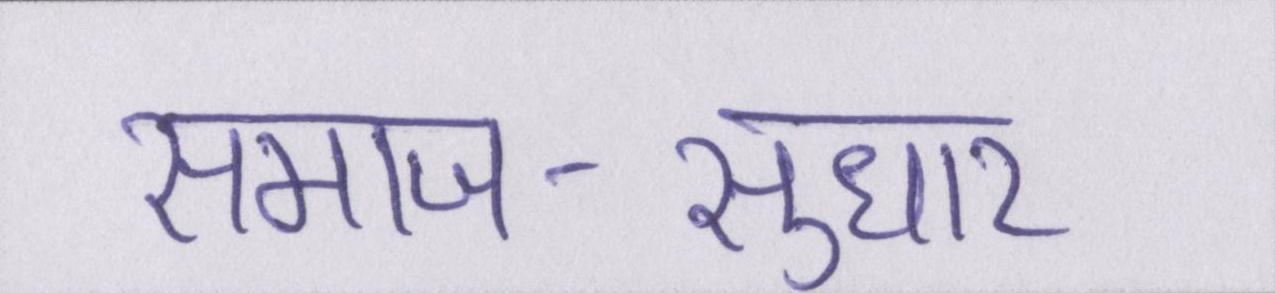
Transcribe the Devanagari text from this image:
समाज-सुधार